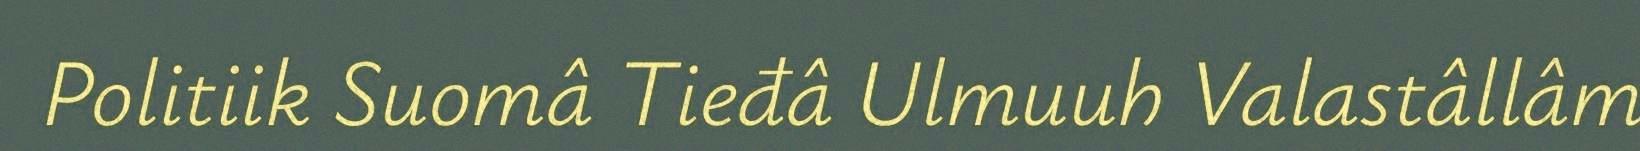
Politiik Suomâ Tieđâ Ulmuuh Valastâllâm